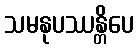
သမနုပဿန္တိပေ